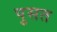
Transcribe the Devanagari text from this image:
पुसत